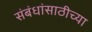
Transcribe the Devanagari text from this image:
संबंधांसाठीच्या